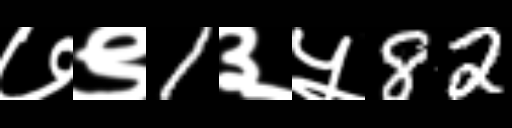
Text: ७९1३५82